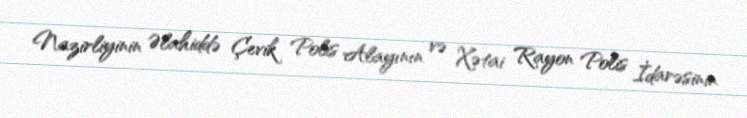
Nazirliyinin Əlahiddə Çevik Polis Alayının və Xətai Rayon Polis İdarəsinin